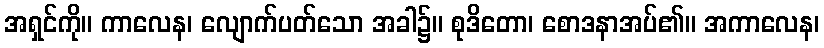
အရှင်ကို။ ကာလေန၊ လျောက်ပတ်သော အခါ၌။ စုဒိတော၊ စောဒနာအပ်၏။ အကာလေန၊